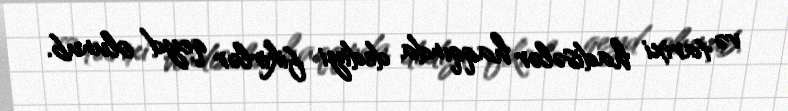
və tarixi hadisələr haqqında dediyi fikirlər qeyd olunub.